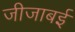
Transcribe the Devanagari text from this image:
जीजाबई